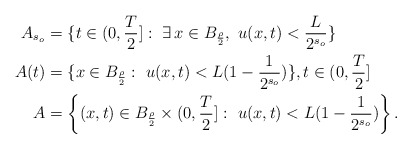
\begin{align*}A_{s_o}&=\{t\in(0,\frac T2]:\ \exists\, x\in B_{\frac \rho2},\ u(x,t)<\frac L{2^{s_o}}\}\\A(t)&=\{x\in B_{\frac \rho2}:\ u(x,t)<L(1-\frac 1{2^{s_o}})\},t\in(0,\frac T2]\\A&=\left\{(x,t)\in B_{\frac \rho2}\times(0,\frac T2]:\ u(x,t)<L(1-\frac 1{2^{s_o}})\right\}.\end{align*}